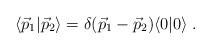
LaTeX: \begin{align*}\langle {\vec{p}}_1 | {\vec{p}}_2 \rangle = \delta({\vec{p}}_1 - {\vec{p}}_2) \langle 0|0 \rangle \; .\end{align*}